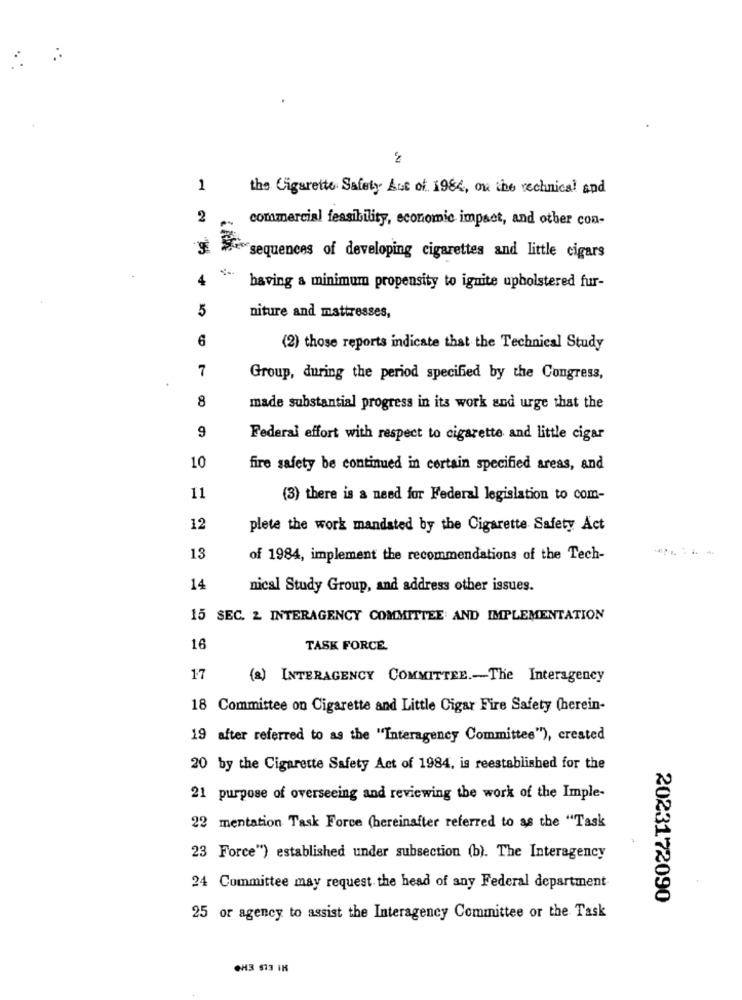
2
1
the Cigarette Safety Aut of 1984, ou the technical and
2
commercial feasibility, economic impact, and other con-
sequences of developing cigarettes and little cigars
4
having a minimum propensity to ignite upholstered fur-
5
niture and mattresses,
6
(2) those reports indicate that the Technical Study
7
Group, during the period specified by the Congress,
8
made substantial progress in its work and urge that the
9
Federal effort with respect to cigarette and little cigar
10
fire safety be continued in certain specified areas, and
11
(3) there is a need for Federal legislation to com-
12
plete the work mandated by the Cigarette Safety Act
13
of 1984, implement the recommendations of the Tech-
14
nical Study Group, and address other issues.
15 SEC. 2 INTERAGENCY COMMITTEE: AND IMPLEMENTATION
16
TASK FORCE.
17
(a) INTERAGENCY COMMITTEE .- The Interagency
18 Committee on Cigarette and Little Cigar Fire Safety (herein-
19 after referred to as the "Interagency Committee"), created
20 by the Cigarette Safety Act of 1984, is reestablished for the
21 purpose of overseeing and reviewing the work of the Imple-
22 mentation Task Force (hereinafter referred to as the "Task
23 Force") established under subsection (b). The Interagency
24 Committee may request the head of any Federal department
2023172090
25 or agency to assist the Interagency Committee or the Task